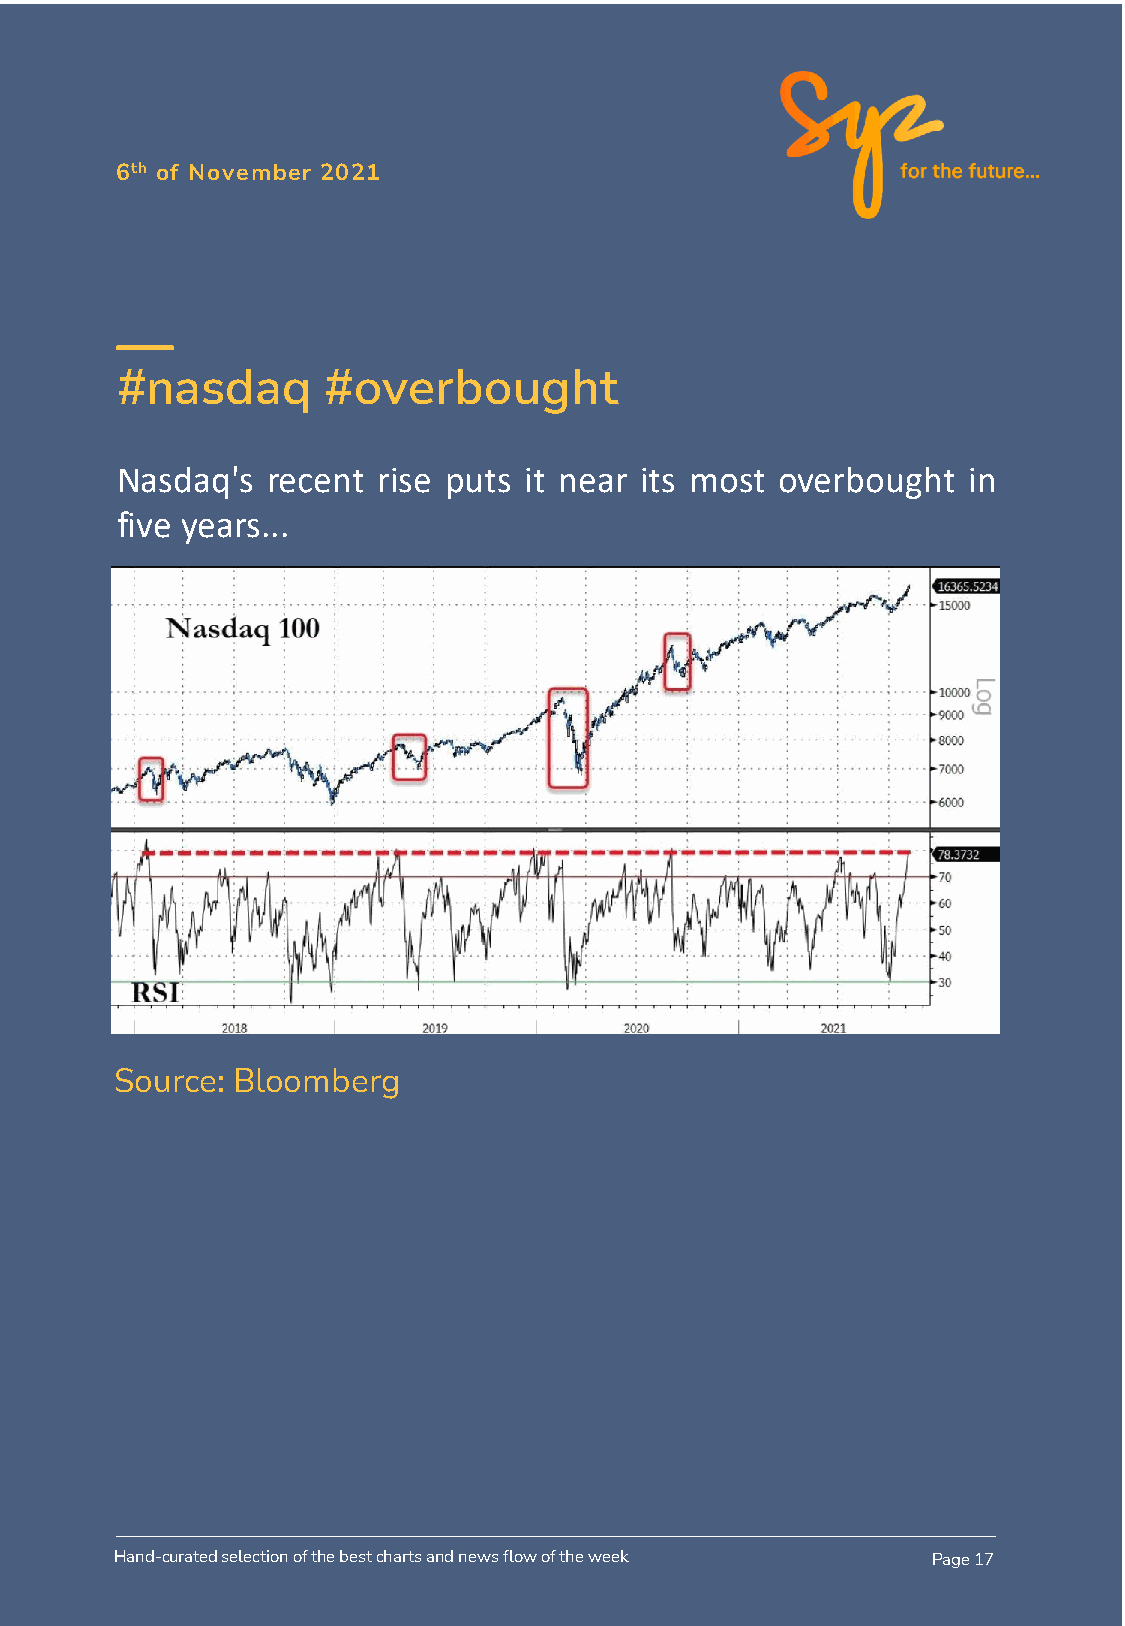
6th of November 2021
 #nasdaq       #overbought
 Nasdaq's  recent rise puts it near its most overbought  in
 five years...
 Source: Bloomberg
 Hand-curated selection of the best charts and news flow of the week Page 17